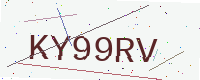
Text: KY99RV